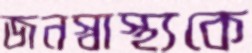
জনস্বাস্থ্যকে